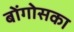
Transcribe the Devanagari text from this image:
बोंगोसका